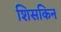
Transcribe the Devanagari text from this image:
शिसकिन